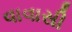
વાવાસી